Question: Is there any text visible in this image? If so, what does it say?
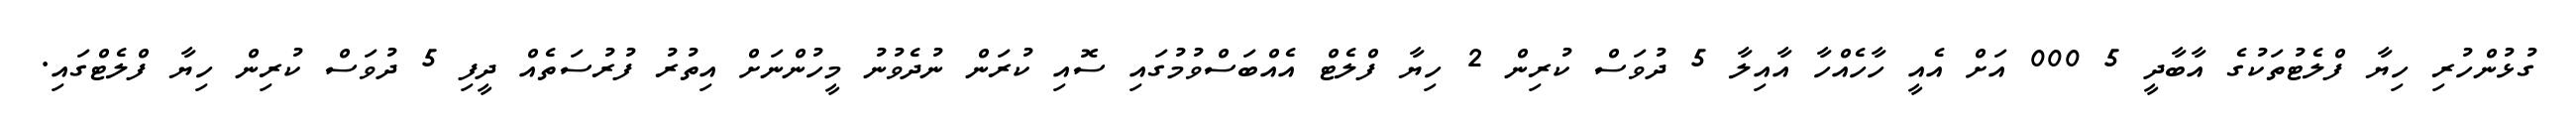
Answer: ގުޅުންހުރި ހިޔާ ފްލެޓުތަކުގެ އާބާދީ 5 000 އަށް އެއީ ހާހެއްހާ އާއިލާ 5 ދުވަސް ކުރިން 2 ހިޔާ ފްލެޓް އެއްބަސްވުމުގައި ސޮއި ކުރަން ނުދެވުނު މީހުންނަށް އިތުރު ފުރުސަތެއް ދީފި 5 ދުވަސް ކުރިން ހިޔާ ފްލެޓްގައި.